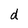
Character: d